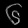
Digit: ၆